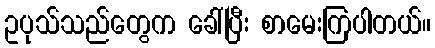
ဥပုသ်သည်တွေက ခေါ်ပြီး စာမေးကြပါတယ်။